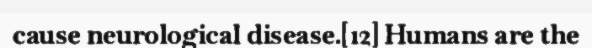
cause neurological disease.[12] Humans are the